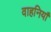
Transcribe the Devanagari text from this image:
वाहनियाँ